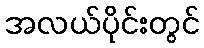
အလယ်ပိုင်းတွင်